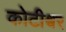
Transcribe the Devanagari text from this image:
कोटीश्वर